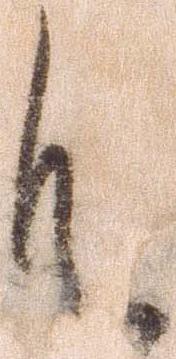
御